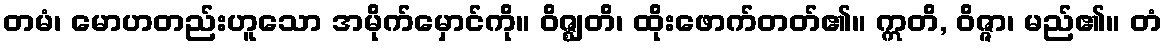
တမံ၊ မောဟတည်းဟူသော အမိုက်မှောင်ကို။ ဝိဇ္ဈတိ၊ ထိုးဖောက်တတ်၏။ ဣတိ, ဝိဇ္ဇာ၊ မည်၏။ တံ